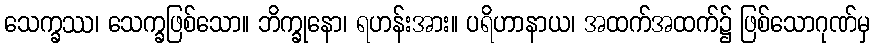
သေက္ခဿ၊ သေက္ခဖြစ်သော။ ဘိက္ခုနော၊ ရဟန်းအား။ ပရိဟာနာယ၊ အထက်အထက်၌ ဖြစ်သောဂုဏ်မှ